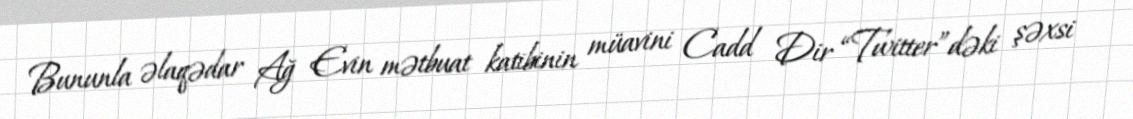
Bununla əlaqədar Ağ Evin mətbuat katibinin müavini Cadd Dir “Twitter”dəki şəxsi